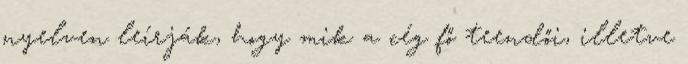
nyelven leírják, hogy mik a cég fő teendői, illetve